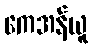
ကေအန်ယူ